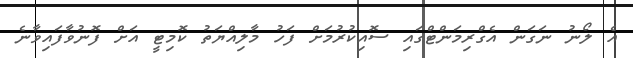
އެ ލޯނު ނަގަން އެގްރިމަންޓްގައި ސޮއިކުރުމަށް ފަހު މާލިއްޔަތު ކޮމިޓީ އަށް ފޮނުވާފައިވާނެ